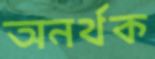
অনর্থক